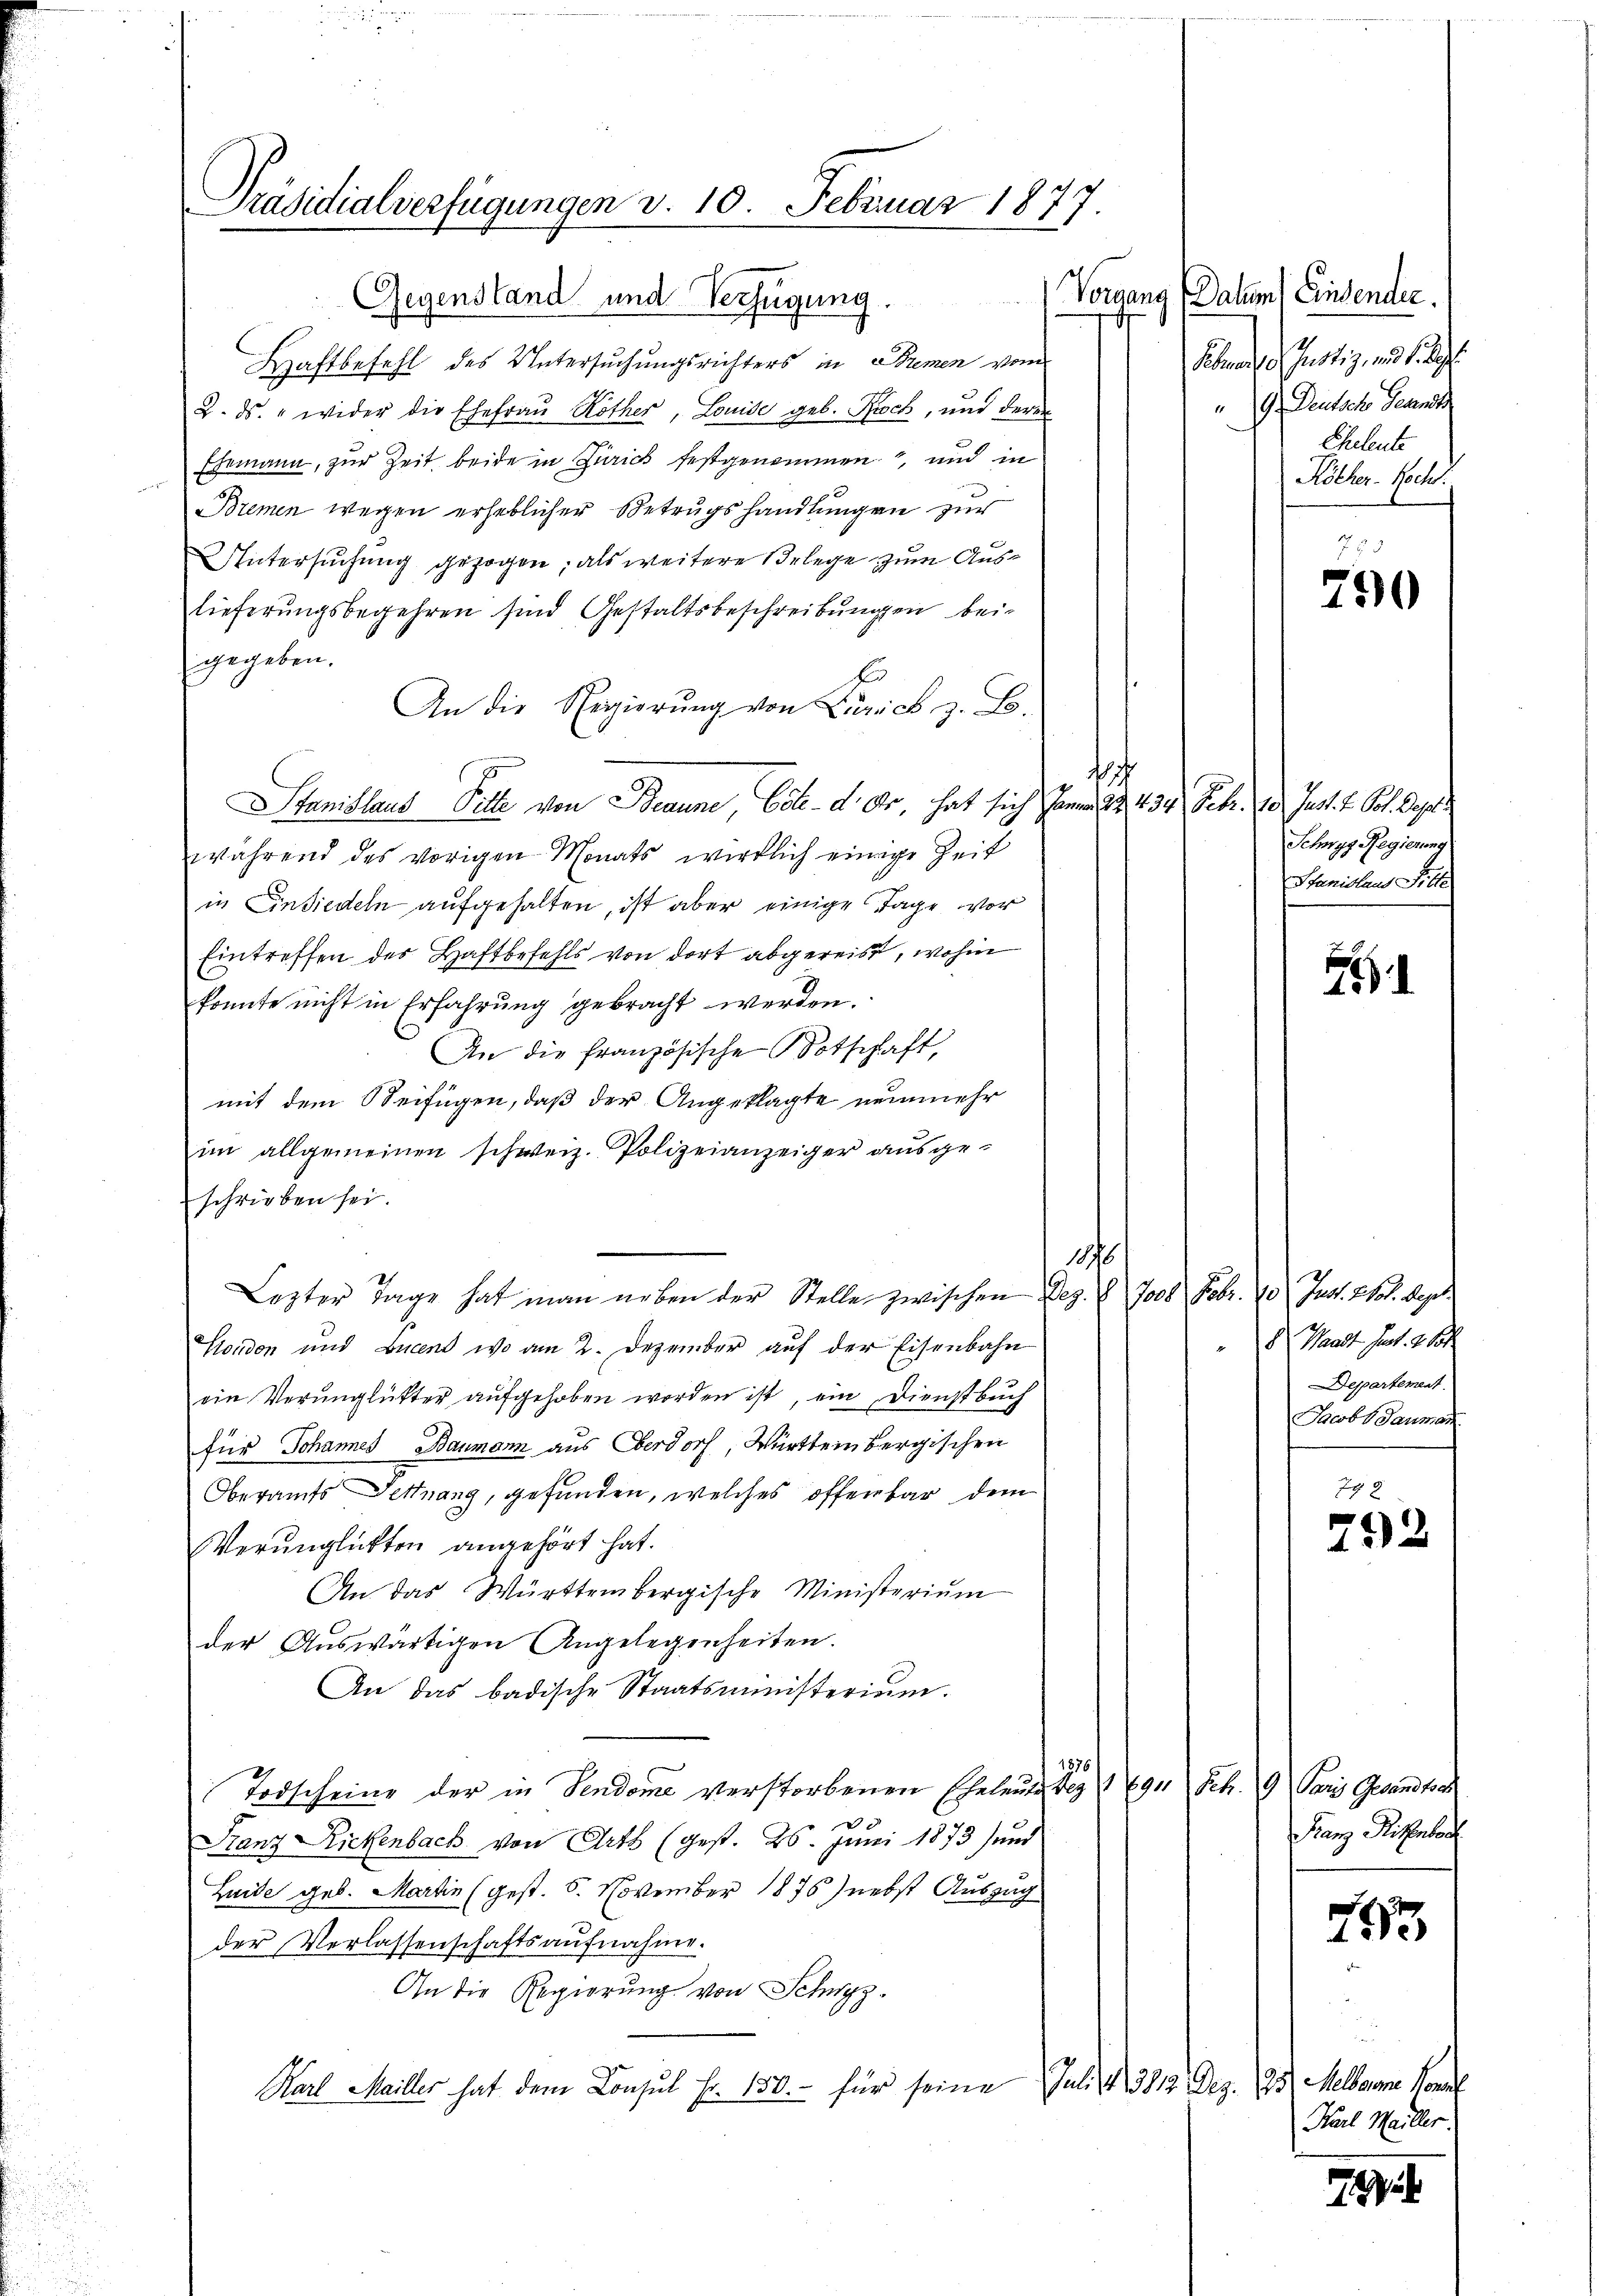
Präsidialverfügungen d. 10. Februar 1877

Vorgang
Gegenstand und Verfügung.
d
Haftbefehl des Untersuchungsrichters in Bremen vom
2. ds. wider die Ehefrau Röther, Louise geb. Buch, und deren
Ehemann, zur Zeit beide in Zürich festgenommen, und in
Bremen wegen erheblicher Betrugshandlungen zur
Untersuchung gezogen, als weitere Belege zum Auslieferungsbegehren sind Gestaltsbeschreibungen bei
gegeben.
An die Regierŭng von Zürich z. B.
sch
Stanislaus Bitte von Braune, betr. d. dr. hat sich J. 23. 434. Febr. 10. Just. v. Pol. Gepl
während des vorigen Monats wirklich einige Zeit
in Einsiedeln aufgehalten, ist aber einige Tage vor
Eintreffen des Haftbefehls von dort abgereiss, wohin
konnte nicht in Erfahrung gebracht werden.
An die französische Botschaft,
mit dem Beifügen, daß der Angeklagte neunmehr
im allgemeinen schweiz. Polizeianzeiger ausge-
schrieben sei.
1876
Lezter Tage hat man arben der Stelle zwischen Dez. V 7000 Febr. 10. Just. Stot. Sept.
Honden und Lucend wo am 2. Dezember auf der Eisenbahn
ein Verunglükter aufgehoben worden ist, ein Dienstbuch
für Johannes Baumann aus Verdorf, Württembergischen
Oberamts Fettnang, gefunden, welches offenbar dem
Verunglückten angehört hat.
An das Württembergische Ministerium
der Aŭswärtigen Angelegenheiten.
An das badische Staatsministerium.
876
Todscheine der in Sendome verstorbenen Eheleute dez 691
.
Stanz Rickenbach von Art (gest. 26. Juni 1873) und
Luide geb. Martin (gest. 6. November 1875) nebst Auszug
der Verlassenschaftsaufnahme.
An die Regierung von Schwyz
Karl Mailler hat dem Consul Fr. 150.- für seine Juli 30. G

Datum (Einsender.
Siben der Justiz und sich
9. Deutsche Gesandt
Eheleute
Köcher-Recht.

750

Schwyz Regierung
Stanislaus Ritte

1

8 Waadt Part. 2 60
Departement
Jacob Sauman

79 x
752

Fr. 19
Paris Gesandtsch
Franz Rittenbach

1653

Dez. 18. Mellen Konze
Karl Meiller.

1892